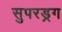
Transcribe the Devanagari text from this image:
सुपरड्रग